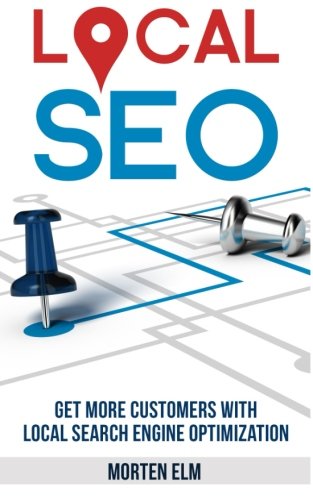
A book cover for Local SEO: Get More Customers with Local Search Engine Optimization; Morten Elm; Computers & Technology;